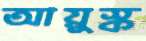
আয়ুস্ক